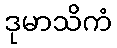
ဒုမာသိကံ